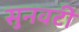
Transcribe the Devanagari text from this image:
सुनवटी